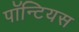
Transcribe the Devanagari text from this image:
पॉन्टियस